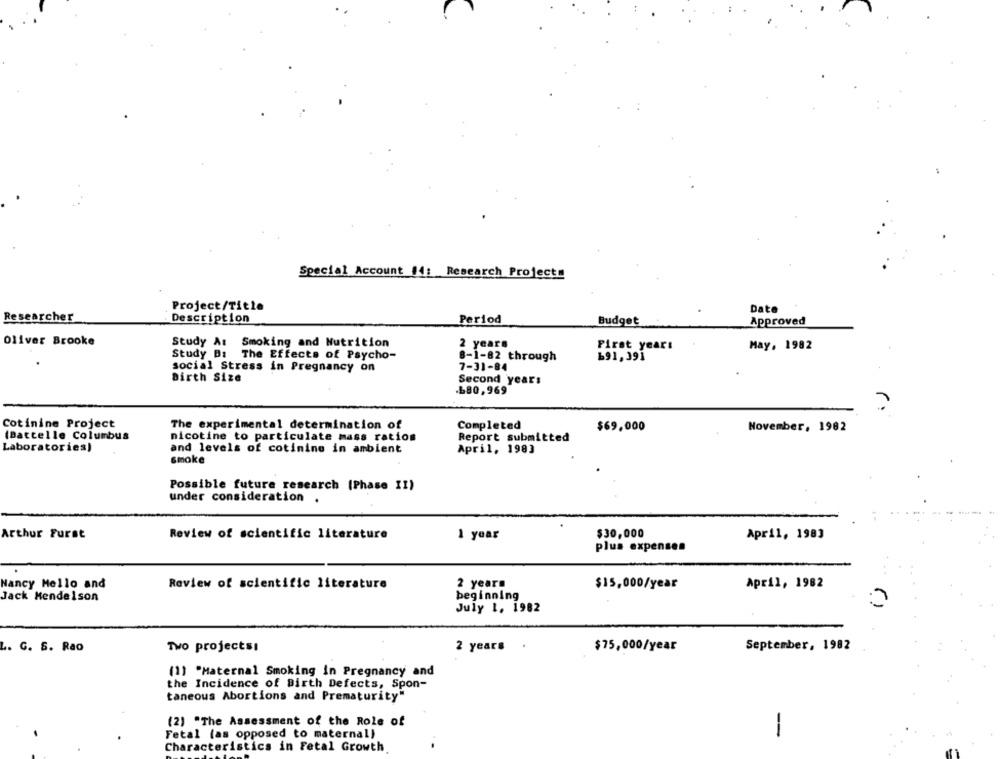
Special Account 14: Research Projects
Project/Title
Date
Researcher
Description
Period
Budget
Approved
Oliver Brooke
Study A: Smoking and Nutrition
2 years
First yearı
May, 1982
Study B: The Effects of Psycho-
8-1-82 through
691,391
social Stress in Pregnancy on
7-31-84
Birth Size
Second years
.680,969
Cotinine Project
The experimental determination of
Completed
$69,000
November, 1982
(Batcelle Columbus
nicotine to particulate mass ration
Report submitted
Laboratories)
and levels of cotinine in ambient
April, 1983
smoke
Possible future research [Phase II)
under consideration .
Arthur Furst
Review of scientific literature
1 year
$30,000
April, 1983
plus expenses
Nancy Mello and
Review of scientific literature
2 years
$15,000/year
April, 1982
Jack Mendelson
beginning
July 1. 1982
2 years
September, 1982
L. G. S. Rao
Two projectsı
$75,000/year
(1) "Maternal Smoking in Pregnancy and
the Incidence of Birth Defects, Spon-
taneous Abortions and Prematurity"
(2) *The Assessment of the Role of
Fetal (as opposed to maternal)
-
Characteristics in Fetal Growth